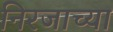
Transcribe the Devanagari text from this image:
निरजाच्या